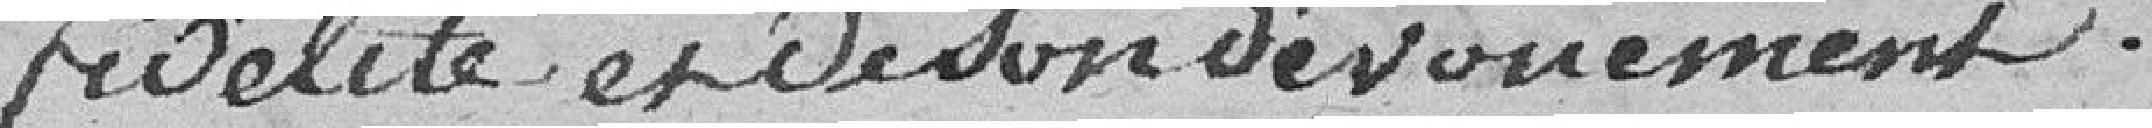
fidélité et de son dévouement